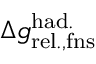
\Delta { g } _ { \mathrm { r e l . , f n s } } ^ { \mathrm { h a d . } }